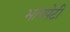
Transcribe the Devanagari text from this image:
भापपेटी